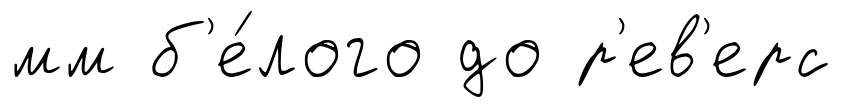
мм б'е́лого до р'ев'ерс